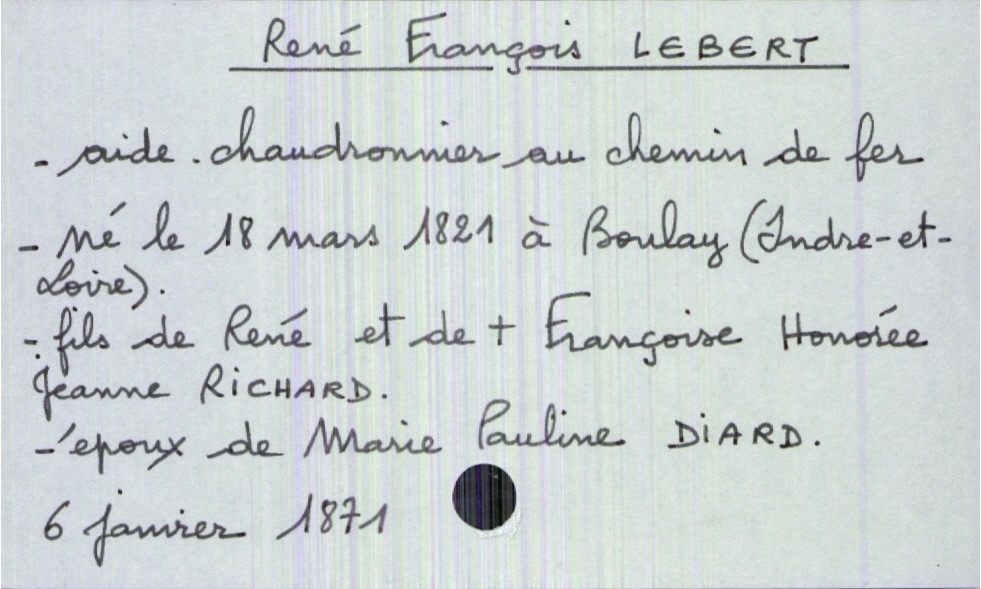
type_acte: Décès
année: 1871
mois: janvier
jour: 6
défunt_nom: Lebert
défunt_prénom: René François
défunt_sexe: H
défunt_profession: aide-chaudronnier au chemin de fer
défunt_date_de_naissance: 18 mars 1821
défunt_lieu_de_naissance: Boulay (Indre-et-Loire)
défunt_statut: marié(e)
père_défunt_nom: Lebert
père_défunt_prénom: René
père_défunt_statut: décédé
mère_défunt_nom: Richard
mère_défunt_prénom: Françoise Honorée Jeanne
mère_défunt_statut: décédée